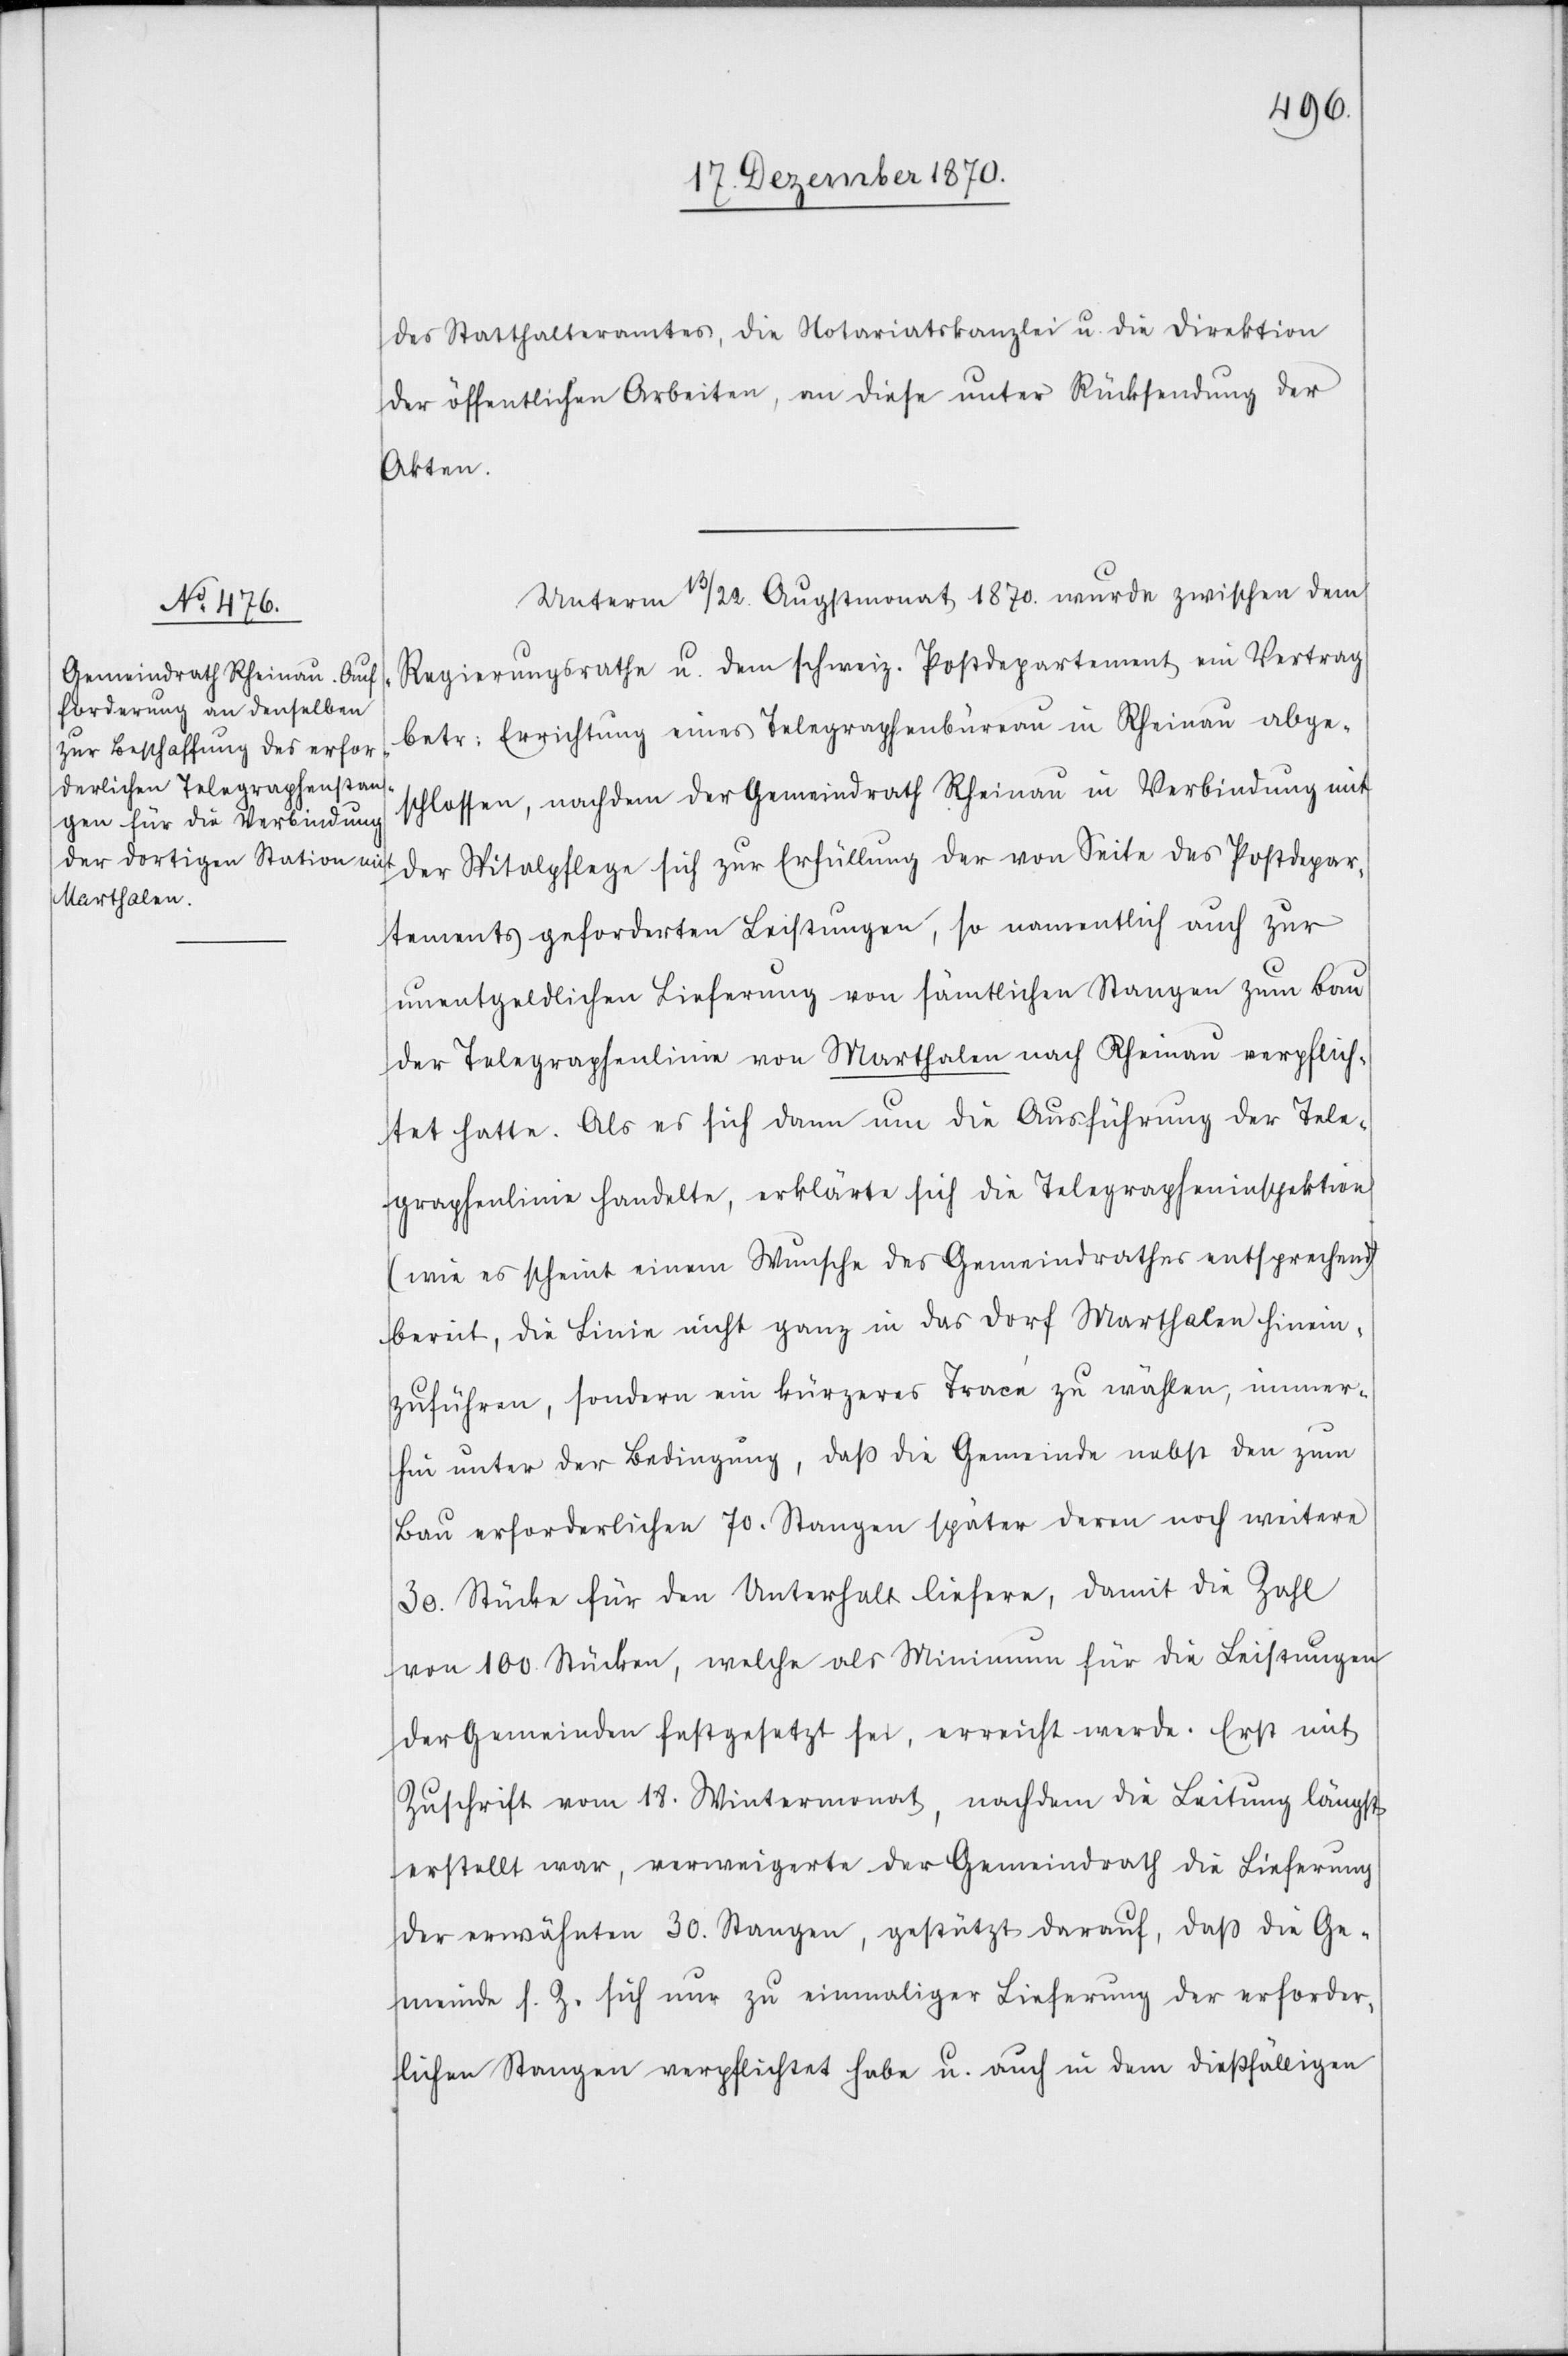
des Statthalteramtes, die Notariatskanzlei u. die Direktion
der öffentlichen Arbeiten, an diese unter Rücksendung der
Akten.
Unterm 13/22. Augstmonat 1870. wurde zwischen dem
Regierungsrathe u. dem schweiz. Postdepartement ein Vertrag
betr: Errichtung eines Telegraphenbüreau in Rheinau abge¬
schlossen, nachdem der Gemeindrath Rheinau in Verbindung mit
der Spitalpflege sich zur Erfüllung der von Seite des Postdepar¬
tements geforderten Leistungen, so namentlich auch zur
unentgeldlichen Lieferung von sämtlichen Stangen zum Bau
der Telegraphenlinie von Marthalen nach Rheinau verpflich¬
tet hatte. Als es sich dann um die Ausführung der Tele¬
graphenlinie handelte, erklärte sich die Telegrapheninspektion
(wie es scheint einem Wunsche des Gemeindrathes entsprechend)
bereit, die Linie nicht ganz in das Dorf Marthalen hinein¬
zuführen, sondern ein kürzeres Tracé zu wählen, immer¬
hin unter der Bedingung, daß die Gemeinde nebst den zum
Bau erforderlichen 70. Stangen später deren noch weitere
30. Stücke für den Unterhalt liefere, damit die Zahl
von 100. Stücken, welche als Minimum für die Leistungen
der Gemeinde festgesetzt sei, erreicht werde. Erst mit
Zuschrift vom 18. Wintermonat, nachdem die Leitung längst
erstellt war, verweigerte der Gemeindrath die Lieferung
der erwähnten 30. Stangen, gestützt darauf, daß die Ge¬
meinde s. Z. sich nur zu einmaliger Lieferung der erforder¬
lichen Stangen verpflichtet habe u. auch in dem dießfälligen